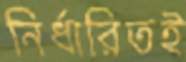
নির্ধারিতই